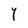
Character: Y